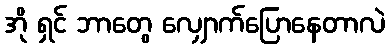
အို ရှင် ဘာတွေ လျှောက်ပြောနေတာလဲ